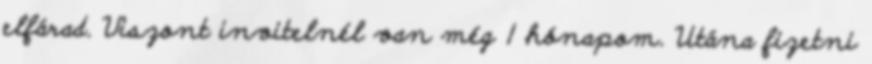
elfárad. Viszont invitelnél van még 1 hónapom. Utána fizetni